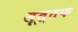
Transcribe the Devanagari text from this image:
सूत्तफ